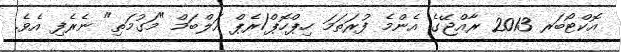
އޮކްޓޯބަރ 2013 ރާއްޖޭގެ އެންމެ ފުރަތަމަ ހިޕްހޮޕް/ރެޕް އަލްބަމް "މަގުމަތި" ނެރެފި އެވެ.